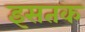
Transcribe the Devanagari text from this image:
इसतक